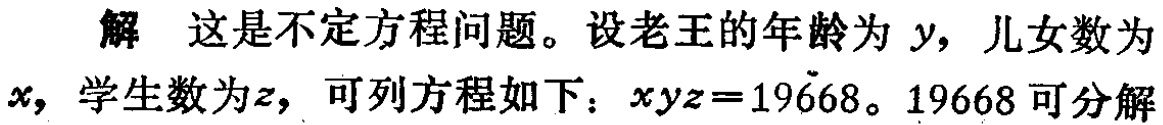
解 这是不定方程问题。设老王的年龄为 \(y\)，儿女数为 \(x\)，学生数为 \(z\)，可列方程如下：\(xyz = 19668\)。19668 可分解